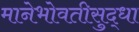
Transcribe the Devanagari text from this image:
मानेभोवतीसुद्धा